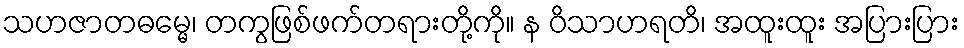
သဟဇာတဓမ္မေ၊ တကွဖြစ်ဖက်တရားတို့ကို။ န ဝိသာဟရတိ၊ အထူးထူး အပြားပြား